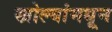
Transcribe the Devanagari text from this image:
खोल्यांमधून